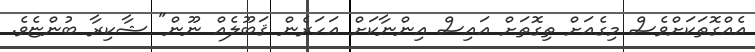
އެއްގޮތަކަށްވެސް މިގެއަށް ތިގޮތަށް އައިސް އިންނާކަށް އަހަރެން ޤަބޫލެއް ނޫން" ޝާކިރާ ބުންޏެވެ.